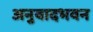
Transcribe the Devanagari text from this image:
अनुवादभवन